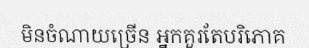
មិនចំណាយច្រើន អ្នកគួរតែបរិភោគ